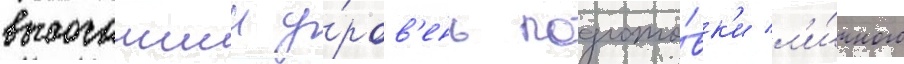
высочаишии у́ров'ень подгото́вк'и л'и́чного